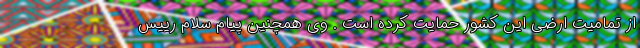
از تمامیت ارضی این کشور حمایت کرده است . وی همچنین پیام سلام رییس